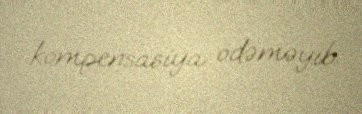
kompensasiya ödəməyib.